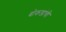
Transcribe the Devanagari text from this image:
बोकडांची